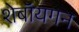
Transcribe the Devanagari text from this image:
शेबॉयगन